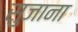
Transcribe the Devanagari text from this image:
सुजाना